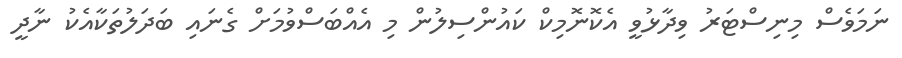
ނަމަވެސް މިނިސްޓަރު ވިދާޅުވީ އެކޮނޮމިކް ކައުންސިލުން މި އެއްބަސްވުމަށް ގެނައި ބަދަލުތަކާއެކު ނާދީ